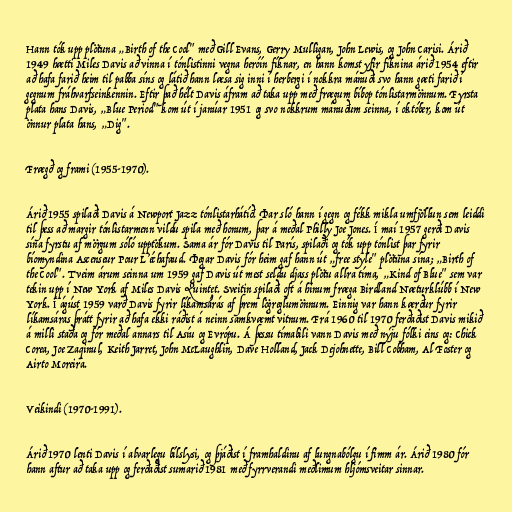
Hann tók upp plötuna „Birth of the Cool" með Gill Evans, Gerry Mulligan, John Lewis, og John Carisi. Árið
1949 hætti Miles Davis að vinna í tónlistinni vegna heróín fíknar, en hann komst yfir fíknina árið 1954 eftir
að hafa farið heim til pabba síns og látið hann læsa sig inni í herbergi í nokkra mánuði svo hann gæti farið í
gegnum fráhvarfseinkennin. Eftir það hélt Davis áfram að taka upp með frægum bíbop tónlistarmönnum. Fyrsta
plata hans Davis, „Blue Period" kom út í janúar 1951 og svo nokkrum mánuðum seinna, í október, kom út
önnur plata hans, „Dig".

Frægð og frami (1955-1970).

Árið 1955 spilaði Davis á Newport Jazz tónlistarhátíð. Þar sló hann í gegn og fékk mikla umfjöllun sem leiddi
til þess að margir tónlistarmenn vildu spila með honum, þar á meðal Philly Joe Jones. Í maí 1957 gerði Davis
sína fyrstu af mörgum sóló upptökum. Sama ár fór Davis til París, spilaði og tók upp tónlist þar fyrir
bíomyndina Ascenseur Pour L’échafaud. Þegar Davis fór heim gaf hann út „free style" plötuna sína; „Birth of
the Cool". Tveim árum seinna um 1959 gaf Davis út mest seldu djass plötu allra tíma, „Kind of Blue" sem var
tekin upp í New York af Miles Davis Quintet. Sveitin spilaði oft á hinum fræga Birdland Næturklúbb í New
York. Í ágúst 1959 varð Davis fyrir líkamsárás af þrem lögreglumönnum. Einnig var hann kærður fyrir
líkamsáras þrátt fyrir að hafa ekki ráðist á neinn samkvæmt vitnum. Frá 1960 til 1970 ferðaðist Davis mikið
á milli staða og fór meðal annars til Asíu og Evrópu. Á þessu tímabili vann Davis með nýju fólki eins og: Chick
Corea, Joe Zaqinul, Keith Jarret, John McLaughlin, Dave Holland, Jack Dejohnette, Bill Cobham, Al Foster og
Airto Moreira.

Veikindi (1970-1991).

Árið 1970 lenti Davis í alvarlegu bílslysi, og þjáðist í framhaldinu af lungnabólgu í fimm ár. Árið 1980 fór
hann aftur að taka upp og ferðaðist sumarið 1981 með fyrrverandi meðlimum hljómsveitar sinnar.